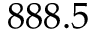
8 8 8 . 5